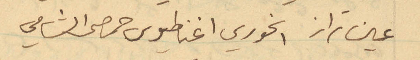
عين تراز الخوري اغناطيوس حمصى الشامي